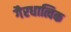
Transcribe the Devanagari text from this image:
गैरधात्विक